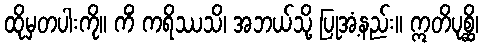
ထိုမှတပါးကို။ ကိံ ကရိဿသိ၊ အဘယ်သို့ ပြုအံ့နည်း။ ဣတိပုစ္ဆိ၊